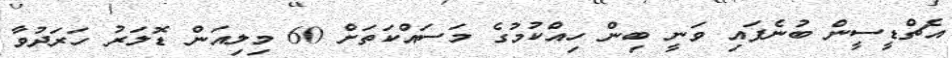
އެޗްޑީސީން ބުނެފައި ވަނީ ބިން ހިއްކުމުގެ މަސައްކަތަށް 60 މިލިއަން ޑޮލަރު ހަރަދުވާ